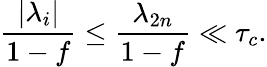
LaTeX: \frac{|\lambda_{i}|}{1-f}\le\frac{\lambda_{2n}}{1-f}\ll\tau_{c}.